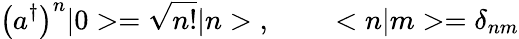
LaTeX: \left(a^{\dagger}\right)^{n}|0>=\sqrt{n!}|n>\; ,\; \; \; \; \; \; \; \; <n|m>=\delta_{nm}